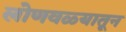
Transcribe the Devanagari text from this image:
लोणवळ्यातून